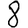
Digit: 8